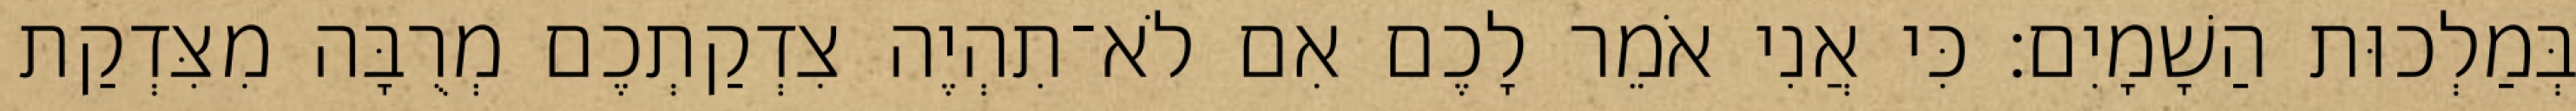
בְּמַלְכוּת הַשָׁמָיִם׃ כִּי אֲנִי אֹמֵר לָכֶם אִם לֹא־תִהְיֶה צִדְקַתְכֶם מְרֻבָּה מִצִּדְקַת